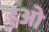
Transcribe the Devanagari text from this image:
हओ